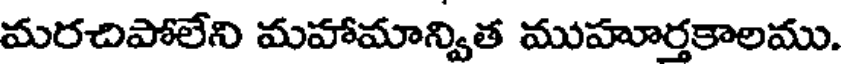
మరచిపోలేని మహామాన్విత ముహూర్తకాలము.